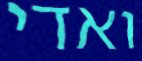
ואדי